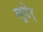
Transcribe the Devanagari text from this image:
लुडेर्